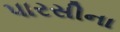
પારસીના